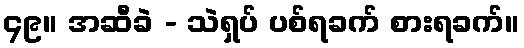
၄၉။ အဆီခဲ - သဲရှပ် ပစ်ရခက် စားရခက်။